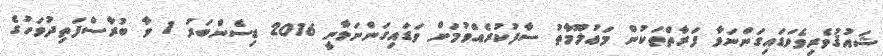
ޝައުޤުވެރިވެވަޑައިގަންނަވާ ފަރާތްތަކުން މަޢުލޫމާތު ސާފުކުރެއްވުމަށް ވަޑައިގަންނަވާނީ 2016 ޑިސެންބަރު 1 ވާ ބުރާސްފަތިދުވަހުގެ